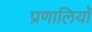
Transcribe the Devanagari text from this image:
प्रणालियॉ